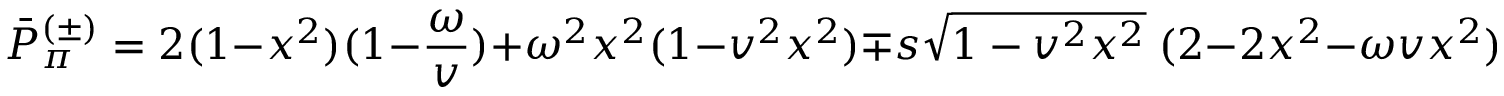
\bar { P } _ { \pi } ^ { ( \pm ) } = 2 ( 1 - x ^ { 2 } ) ( 1 - { \frac { \omega } { v } } ) + \omega ^ { 2 } x ^ { 2 } ( 1 - v ^ { 2 } x ^ { 2 } ) \mp s \sqrt { 1 - v ^ { 2 } x ^ { 2 } } \; ( 2 - 2 x ^ { 2 } - \omega v x ^ { 2 } ) { \frac { M \omega } { p _ { \perp } } } \, .